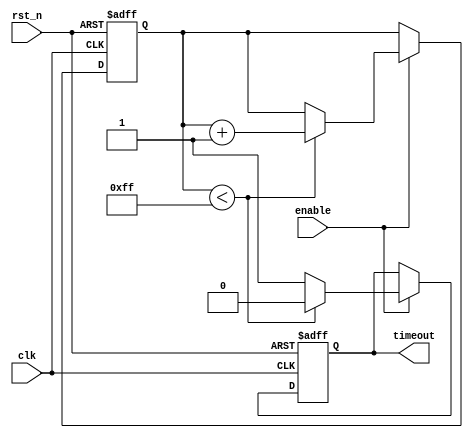
module timeout_counter #(
    parameter MAX_COUNT = 8'hFF  // Maximum count value (change as needed)
)(
    input wire clk,                // Clock input
    input wire rst_n,              // Active-low asynchronous reset
    input wire enable,             // Enable signal
    output reg timeout             // Timeout output
);
    
    reg [7:0] count;               // Counter register (size depends on MAX_COUNT)
    
    // Asynchronous reset and counting logic
    always @(posedge clk or negedge rst_n) begin
        if (!rst_n) begin
            count <= 8'd0;         // Reset count to 0
            timeout <= 1'b0;       // Clear timeout signal
        end else if (enable) begin
            if (count < MAX_COUNT) begin
                count <= count + 1; // Increment count
                timeout <= 1'b0;     // Clear timeout signal
            end else begin
                timeout <= 1'b1;     // Set timeout signal
            end
        end
    end

endmodule